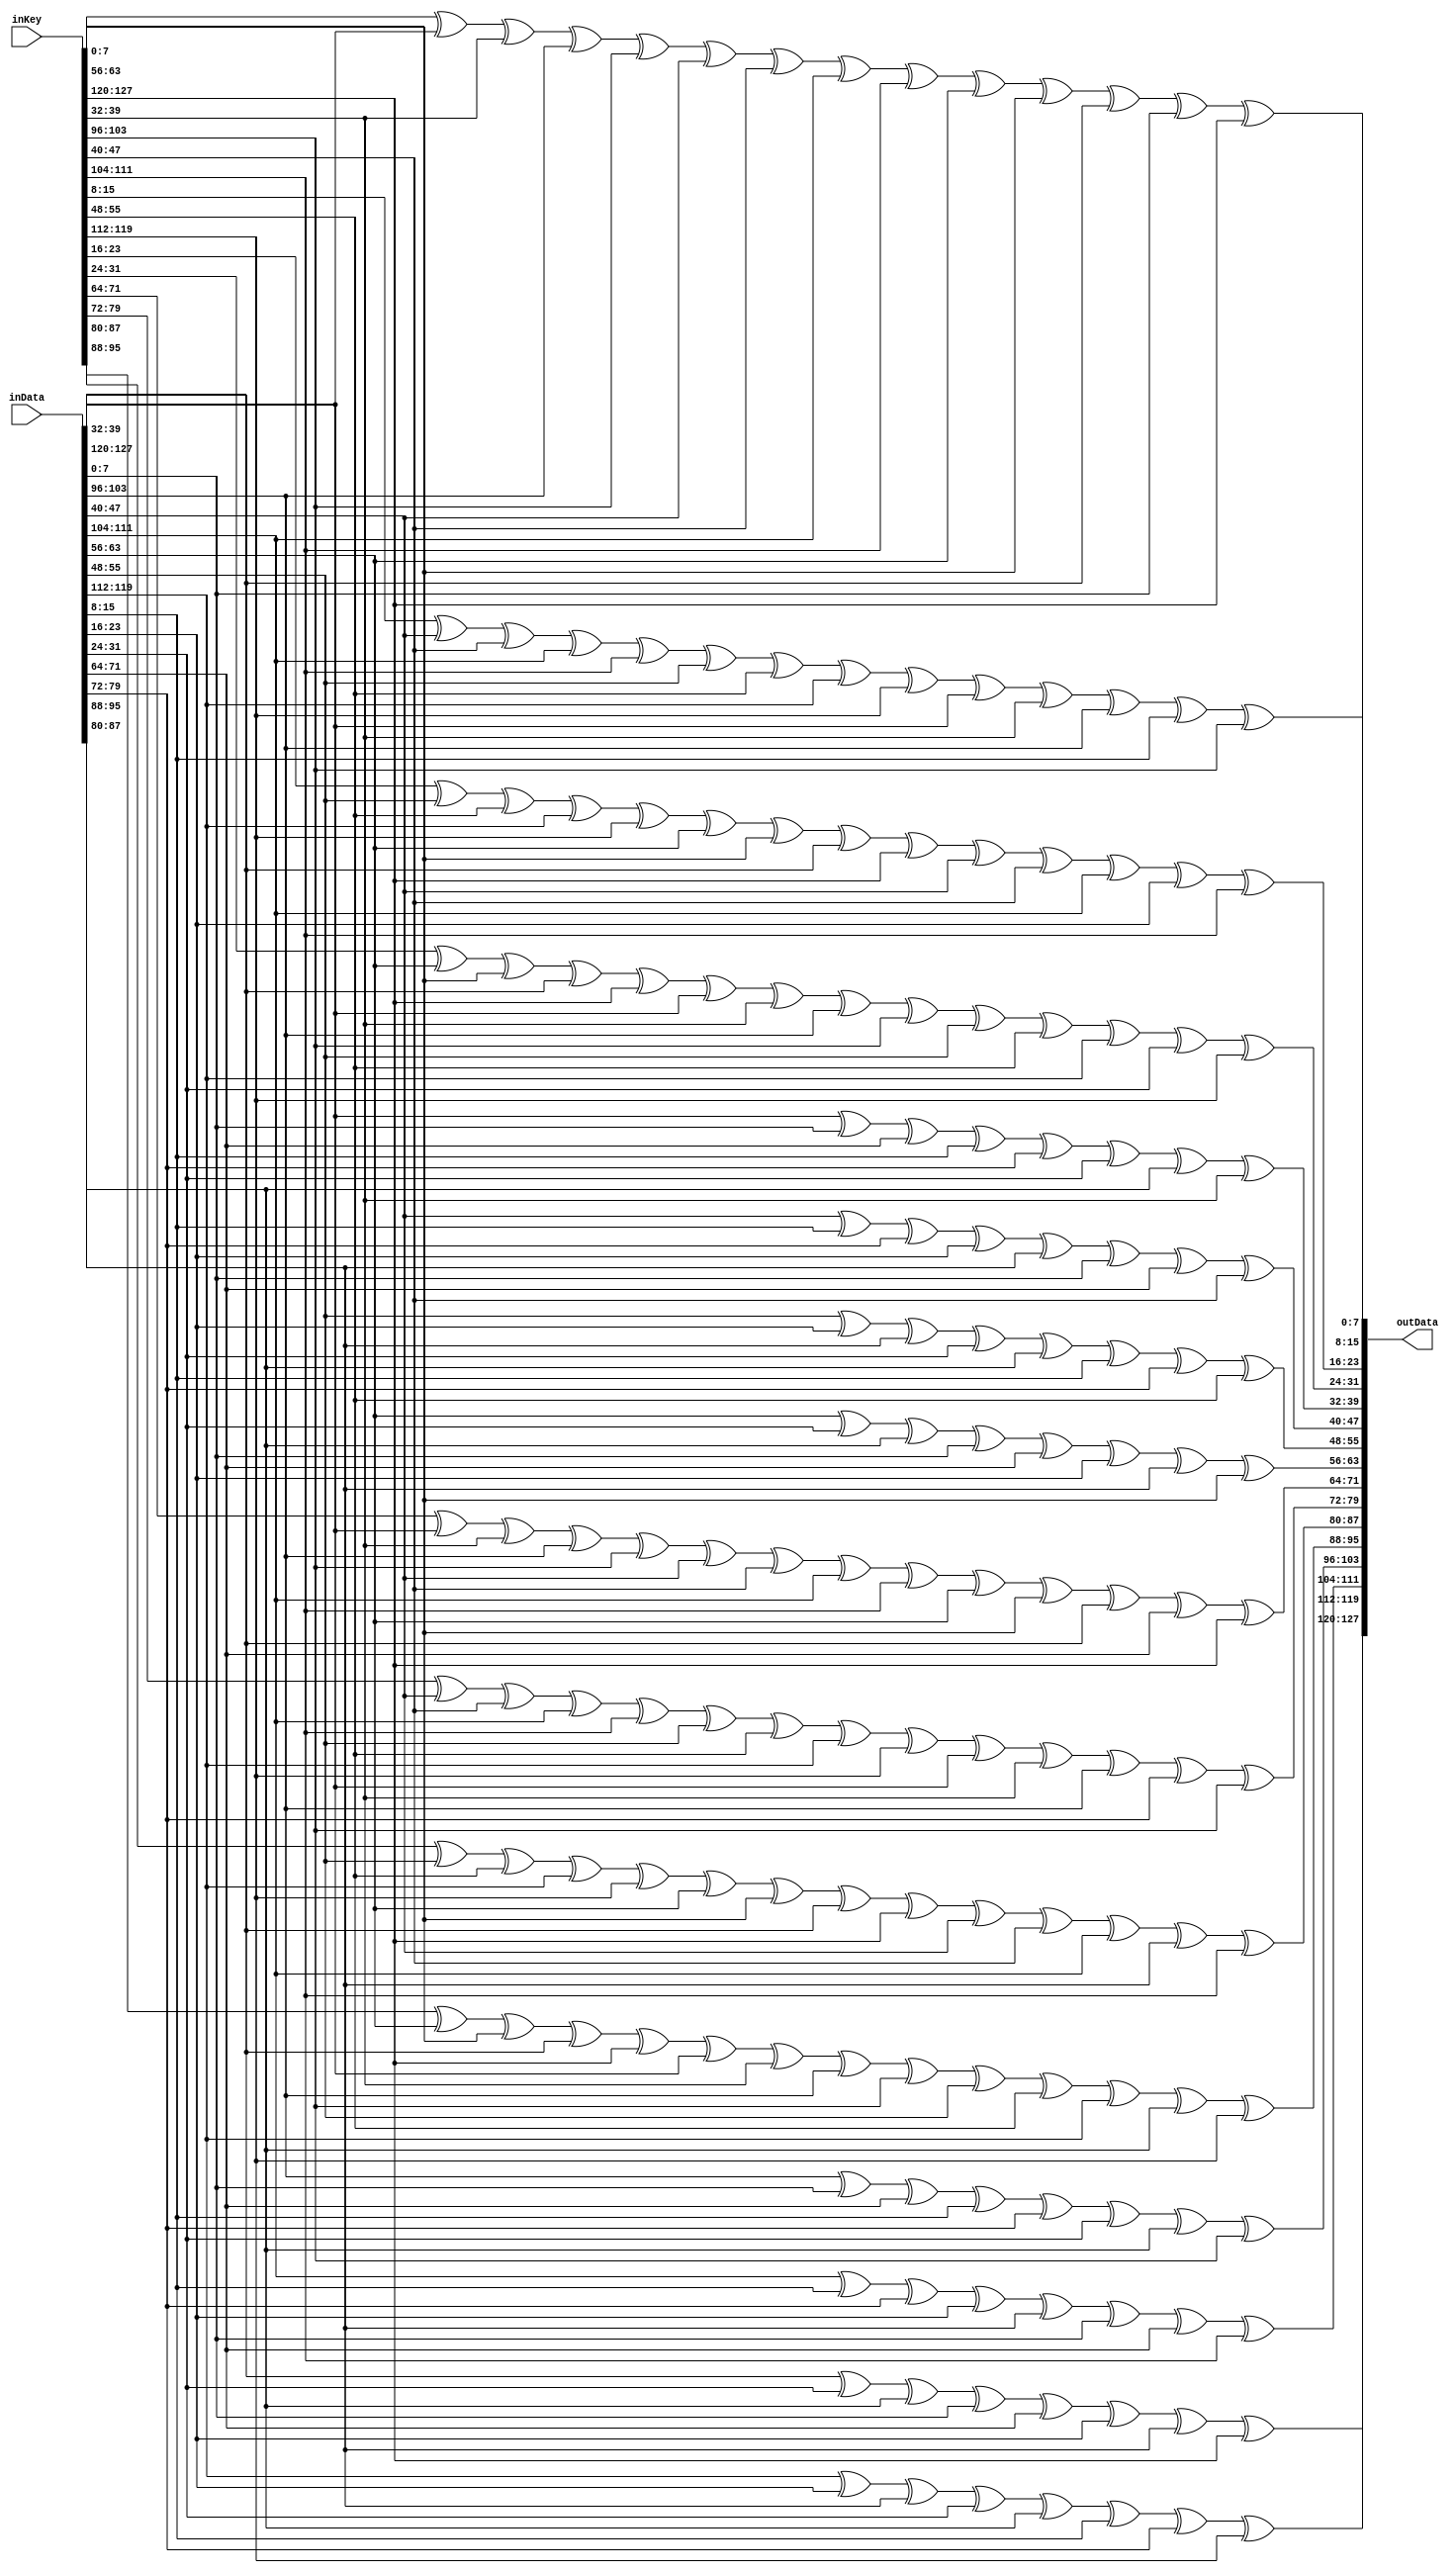
// Modu realizuje operacj Theta algorytmu Noekeon
// Jest to modu kombinacyjny

module NoekeonTheta(
	input wire	[127:0]	inData,
	input wire	[127:0]	inKey,
	output wire	[127:0]	outData
);

assign outData[007:000] = inKey[007:000] ^ inData[039:032] ^ inKey[039:032] ^ inData[103:096] ^ inKey[103:096] ^ inData[047:040] ^ inKey[047:040] ^ inData[111:104] ^ inKey[111:104] ^ inData[063:056] ^ inKey[063:056] ^ inData[127:120] ^ inData[007:000] ^ inKey[127:120];
assign outData[015:008] = inKey[015:008] ^ inData[047:040] ^ inKey[047:040] ^ inData[111:104] ^ inKey[111:104] ^ inData[055:048] ^ inKey[055:048] ^ inData[119:112] ^ inKey[119:112] ^ inData[039:032] ^ inKey[039:032] ^ inData[103:096] ^ inData[015:008] ^ inKey[103:096];
assign outData[023:016] = inKey[023:016] ^ inData[055:048] ^ inKey[055:048] ^ inData[119:112] ^ inKey[119:112] ^ inData[063:056] ^ inKey[063:056] ^ inData[127:120] ^ inKey[127:120] ^ inData[047:040] ^ inKey[047:040] ^ inData[111:104] ^ inData[023:016] ^ inKey[111:104];
assign outData[031:024] = inKey[031:024] ^ inData[063:056] ^ inKey[063:056] ^ inData[127:120] ^ inKey[127:120] ^ inData[039:032] ^ inKey[039:032] ^ inData[103:096] ^ inKey[103:096] ^ inData[055:048] ^ inKey[055:048] ^ inData[119:112] ^ inData[031:024] ^ inKey[119:112];
assign outData[039:032] = inData[039:032] ^ inData[007:000] ^ inData[071:064] ^ inData[015:008] ^ inData[079:072] ^ inData[031:024] ^ inData[095:088] ^ inKey[039:032];
assign outData[047:040] = inData[047:040] ^ inData[015:008] ^ inData[079:072] ^ inData[023:016] ^ inData[087:080] ^ inData[007:000] ^ inData[071:064] ^ inKey[047:040];
assign outData[055:048] = inData[055:048] ^ inData[023:016] ^ inData[087:080] ^ inData[031:024] ^ inData[095:088] ^ inData[015:008] ^ inData[079:072] ^ inKey[055:048];
assign outData[063:056] = inData[063:056] ^ inData[031:024] ^ inData[095:088] ^ inData[007:000] ^ inData[071:064] ^ inData[023:016] ^ inData[087:080] ^ inKey[063:056];
assign outData[071:064] = inKey[071:064] ^ inData[039:032] ^ inKey[039:032] ^ inData[103:096] ^ inKey[103:096] ^ inData[047:040] ^ inKey[047:040] ^ inData[111:104] ^ inKey[111:104] ^ inData[063:056] ^ inKey[063:056] ^ inData[127:120] ^ inData[071:064] ^ inKey[127:120];
assign outData[079:072] = inKey[079:072] ^ inData[047:040] ^ inKey[047:040] ^ inData[111:104] ^ inKey[111:104] ^ inData[055:048] ^ inKey[055:048] ^ inData[119:112] ^ inKey[119:112] ^ inData[039:032] ^ inKey[039:032] ^ inData[103:096] ^ inData[079:072] ^ inKey[103:096];
assign outData[087:080] = inKey[087:080] ^ inData[055:048] ^ inKey[055:048] ^ inData[119:112] ^ inKey[119:112] ^ inData[063:056] ^ inKey[063:056] ^ inData[127:120] ^ inKey[127:120] ^ inData[047:040] ^ inKey[047:040] ^ inData[111:104] ^ inData[087:080] ^ inKey[111:104];
assign outData[095:088] = inKey[095:088] ^ inData[063:056] ^ inKey[063:056] ^ inData[127:120] ^ inKey[127:120] ^ inData[039:032] ^ inKey[039:032] ^ inData[103:096] ^ inKey[103:096] ^ inData[055:048] ^ inKey[055:048] ^ inData[119:112] ^ inData[095:088] ^ inKey[119:112];
assign outData[103:096] = inData[103:096] ^ inData[007:000] ^ inData[071:064] ^ inData[015:008] ^ inData[079:072] ^ inData[031:024] ^ inData[095:088] ^ inKey[103:096];
assign outData[111:104] = inData[111:104] ^ inData[015:008] ^ inData[079:072] ^ inData[023:016] ^ inData[087:080] ^ inData[007:000] ^ inData[071:064] ^ inKey[111:104];
assign outData[119:112] = inData[119:112] ^ inData[023:016] ^ inData[087:080] ^ inData[031:024] ^ inData[095:088] ^ inData[015:008] ^ inData[079:072] ^ inKey[119:112];
assign outData[127:120] = inData[127:120] ^ inData[031:024] ^ inData[095:088] ^ inData[007:000] ^ inData[071:064] ^ inData[023:016] ^ inData[087:080] ^ inKey[127:120];

endmodule